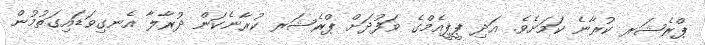
ޕްރެޝަރ ކުރާނެ ކަމަށެވެ. އަދި ޕީޕީއެމްގެ ވަފުދަށް ޕްރެޝަރ ކުރާނެކަން ދުރާލާ އެނގިވަޑައިގަތުމުން